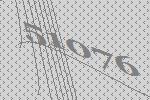
51076